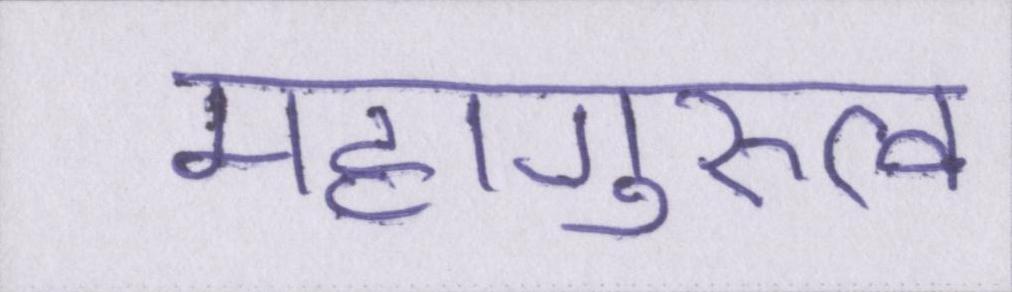
महागुरुत्व